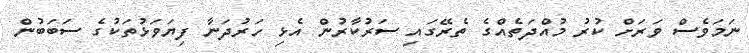
ނަމަވެސް ވަރަށް ކުރު މުއްދަތެއްގެ ތެރޭގައި ސަރުކާރުން އެޅި ހަރުދަނާ ފިޔަވަޅުތަކުގެ ސަބަބުން